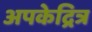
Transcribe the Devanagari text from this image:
अपकेद्रित्र